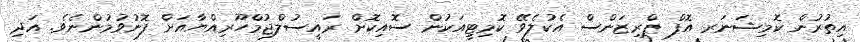
އިތުރުން ކޮމިޝަނަރ އޮފް ޕްރިޒަންސް އެކުލެވޭ ކޮމިޓީއަކުން ސޮއިކޮށް ރައީސުލްޖުމްހޫރިއްޔާއަށް ފޮނުވުމުންނެވެ. އަދި